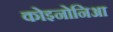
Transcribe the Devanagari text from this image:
कोइनोनिआ